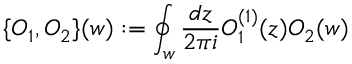
\{ O _ { 1 } , O _ { 2 } \} ( w ) : = \oint _ { w } \frac { d z } { 2 \pi i } O _ { 1 } ^ { ( 1 ) } ( z ) O _ { 2 } ( w )